Annual report on the working of the mental hospitals in the Madras Presidency - 1912-1932
Year: 1912
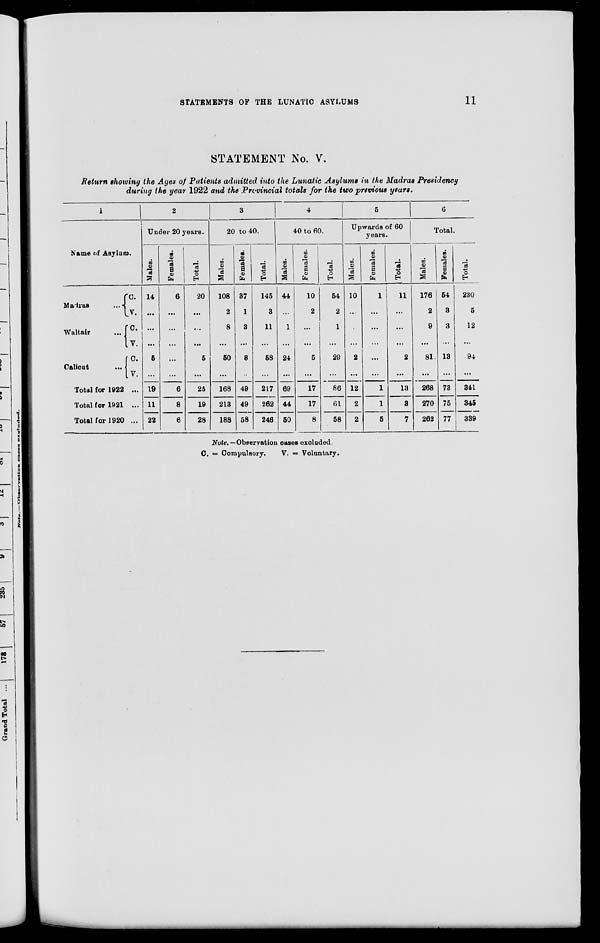
STATEMENTS OF THE LUNATIC ASYLUMS
11
STATEMENT No. V.
Return showing the Ages of Patients admitted into the Lunatic Asylums in the Madras Presidency
during the year 1922 and the Provincial totals for the two previous years.
1
Name of Asylum.
Madras
...
Waltair ...
Calicut
...
C.
V.
C.
V.
C. V.
Total for 1922 ...
Total for 1921 ...
Total for 1920 ...
2
Under 20 years.
Males.
14
...
...
...
5
...
19
11
22
Females.
6
...
...
...
...
...
6
8
6
Total.
20
...
...
...
5
...
25
19
28
3
20 to 40.
Males.
108
2
8
...
50
...
168
213
188
Females.
37
1
3
...
8
...
49
49
58
Total.
145
3
11
...
58
...
217
262
246
4
40 to 60.
Males.
44
...
1
...
24
...
69
44
50
Females.
10
2
...
...
5
...
17
17
8
Total.
54
2
1
...
29
...
86
61
58
5
Upwards of 60
years.
Males.
10
...
...
...
2
...
12
2
2
Females.
1
...
...
...
...
...
1
1
5
Total.
11
...
...
...
2
...
13
3
7
6
Total.
Males.
176
2
9
...
81
...
268
270
262
Females.
54
3
3
...
13
...
73
75
77
Total.
230
5
12
...
94
...
341
345
339
Note.—Observation cases excluded
C. = Compulsory.
V. = Voluntary.